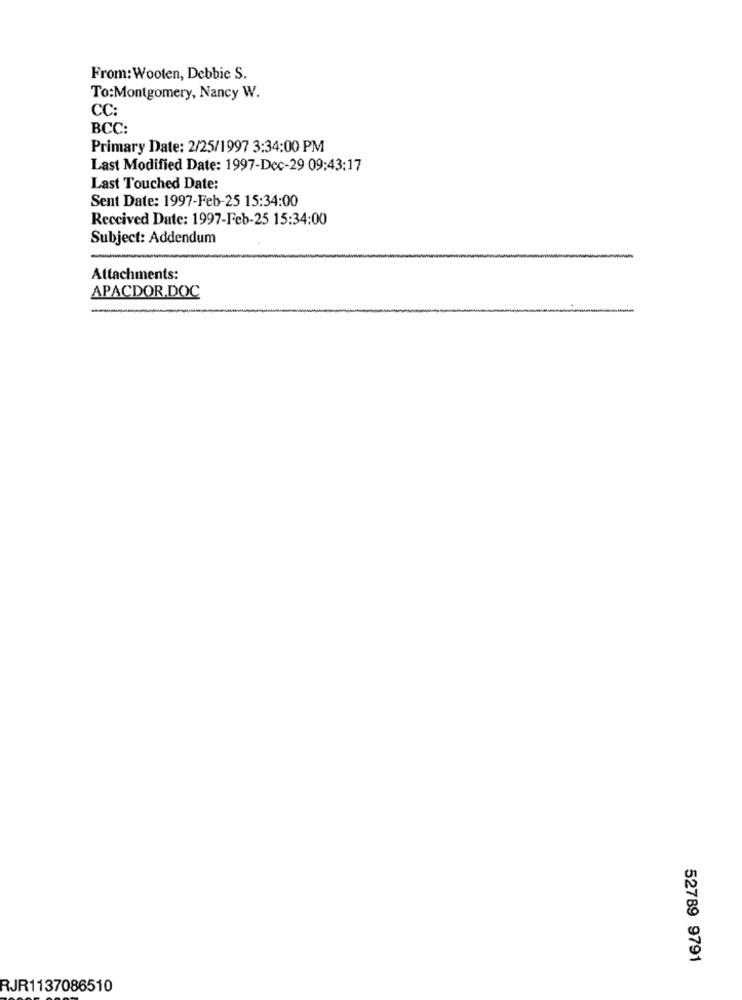
From:Wooten, Debbie S.
To:Montgomery, Nancy W.
CC:
BCC:
Primary Date: 2/25/1997 3:34:00 PM
Last Modified Date: 1997-Dec-29 09:43:17
Last Touched Date:
Sent Date: 1997-Feb-25 15:34:00
Received Date: 1997-Feb-25 15:34:00
Subject: Addendum
Attachments:
APACDOR.DOC
52789 9791
RJR1137086510